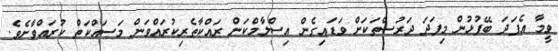
ވީމާ އެފަދަ ބޭފުޅުން މިފަދަ ދަރުސްތަކަށް ވަޑައިގެން އިސްލާމްކަން ރައްކާތެރިކުރައްވަން މަސައްކަތް ކުރައްވާށެވެ.